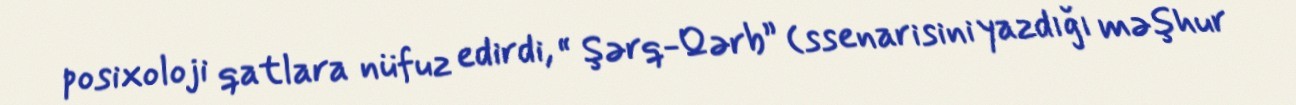
posixoloji qatlara nüfuz edirdi, “ Şərq-Qərb” (ssenarisini yazdığı məşhur